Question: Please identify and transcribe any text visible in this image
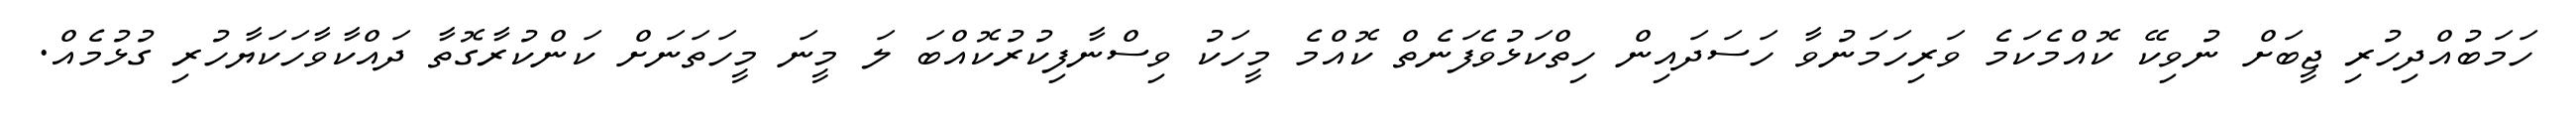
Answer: ހަމަބުއްދިހުރި ޖީބަށް ނުވިކޭ ކޮއްމެކަމެ ވަރިހަމަނުވާ ހަސަދައިން ހިތްކަޅުވެފަނެތް ކޮއްމެ މީހަކު ވިސްނާފިކުރުކޮއްބަ ލަ މީނަ މީހަތަނަށް ކަންކުރާގޮތާ ދައްކާވާހަކަޔާހުރި ގުޅުމެއް.